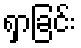
ရှာခြင်း